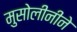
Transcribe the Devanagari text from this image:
मुसोलीनीने